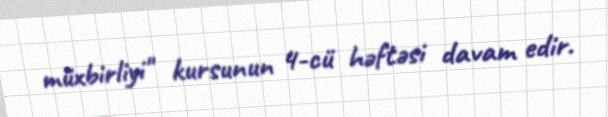
müxbirliyi" kursunun 4-cü həftəsi davam edir.